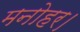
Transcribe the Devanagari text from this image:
मनोहर।